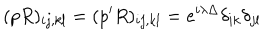
( p R ) _ { i j , k l } = ( p ^ { \prime } R ) _ { i j , k l } = e ^ { i \lambda \Delta } \delta _ { i k } \delta _ { j l }